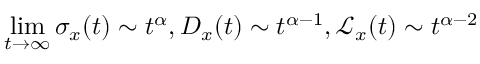
\operatorname* { l i m } _ { t \to \infty } \sigma _ { x } ( t ) \sim t ^ { \alpha } , D _ { x } ( t ) \sim t ^ { \alpha - 1 } , \mathcal { L } _ { x } ( t ) \sim t ^ { \alpha - 2 }